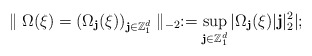
\begin{align*}\parallel \Omega(\xi)=(\Omega_{\textbf{j}}(\xi))_{{\textbf{j}}\in\mathbb{Z}^d_1}\parallel_{-2}:=\sup_{\textbf{j}\in\mathbb{Z}^d_1}|\Omega_{\textbf{j}}(\xi)|\textbf{j}|_2^2|;\end{align*}